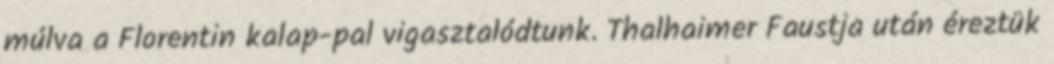
múlva a Florentin kalap-pal vigasztalódtunk. Thalhaimer Faustja után éreztük